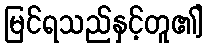
မြင်ရသည်နှင့်တူ၏]